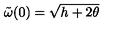
\: \tilde { \omega } ( 0 ) = \sqrt { h + 2 \theta } \: